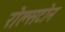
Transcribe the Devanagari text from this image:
रोल्सटोन